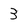
Character: 3